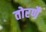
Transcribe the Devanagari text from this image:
तोरणै